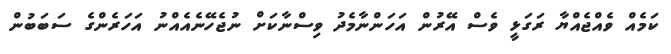
ކަމެއް ވެއްޖެއްޔާ ރަގަޅީ ވެސް އޭރުން އަހަންނާމެދު ވިސްނާކަށް ނުޖެހޭނެއެއްނު އަހަރެންގެ ސަބަބުން